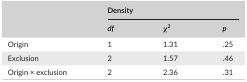
<table><thead><tr><td rowspan="2"></td><td colspan="3"><b>Density</b></td></tr><tr><td><b><i>df</i></b></td><td><b>χ<sup>2</sup></b></td><td><b><i>p</i></b></td></tr></thead><tbody><tr><td>Origin</td><td>1</td><td>1.31</td><td>.25</td></tr><tr><td>Exclusion</td><td>2</td><td>1.57</td><td>.46</td></tr><tr><td>Origin × exclusion </td><td>2</td><td>2.36</td><td>.31</td></tr></tbody></table>